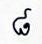
៨